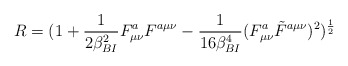
\begin{align*}R = (1+{1\over{2\beta_{BI}^2}}F^{a}_{\mu\nu}F^{a\mu\nu}-{1\over{16\beta_{BI}^4}}(F^a_{\mu\nu}\tilde F^{a\mu\nu})^2)^{1\over 2}\end{align*}